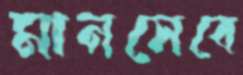
মানসেবে